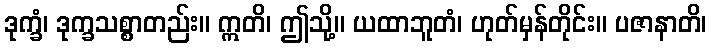
ဒုက္ခံ၊ ဒုက္ခသစ္စာတည်း။ ဣတိ၊ ဤသို့။ ယထာဘူတံ၊ ဟုတ်မှန်တိုင်း။ ပဇာနာတိ၊